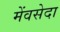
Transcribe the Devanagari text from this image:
मेंवसेदा